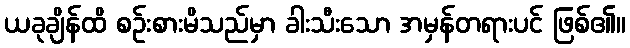
ယခုချိန်ထိ စဉ်းစားမိသည်မှာ ခါးသီးသော အမှန်တရားပင် ဖြစ်၏။